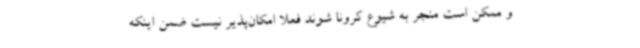
و ممکن است منجر به شیوع کرونا شوند فعلاً امکان‌پذیر نیست ضمن اینکه